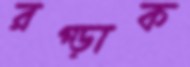
রগ্‌ড়াক